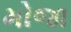
મોજા